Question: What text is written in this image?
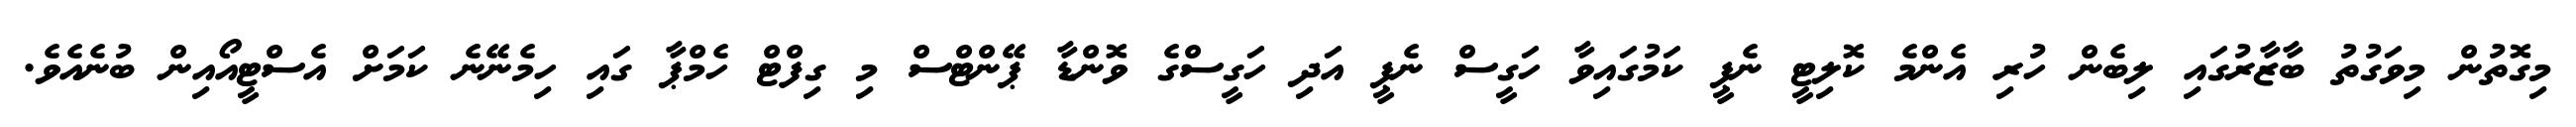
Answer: މިގޮތުން މިވަގުތު ބާޒާރުގައި ލިބެން ހުރި އެންމެ ކޮލިޓީ ނެޕީ ކަމުގައިވާ ހަގީސް ނެޕީ އަދި ހަގީސްގެ ވޮންޑާ ޕޭންޓްސް މި ގިފްޓް ހެމްޕާ ގައި ހިމެނޭނެ ކަމަށް އެސްޓީއޯއިން ބުނެއެވެ.